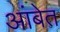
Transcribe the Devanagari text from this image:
आंबेत